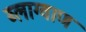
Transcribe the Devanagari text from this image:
ब्लाग्वाण